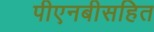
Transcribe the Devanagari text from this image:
पीएनबीसहित